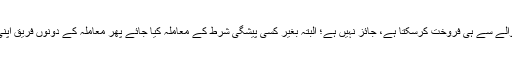
۱۲- پلاٹس کے مالک کا معاملے کو اس طرح مشروط کرنا کہ جب خریدار بیچنا چاہے تو بیچنے والے سے ہی فروخت کرسکتا ہے، جائز نہیں ہے؛ البتہ بغیر کسی پیشگی شرط کے معاملہ کیا جائے پھر معاملہ کے دونوں فریق اپنی رضا و رغبت سے اپنی سہولت کے لیے اس طرح کا وعدہ کرلیں تو اس میں کوئی حرج نہیں ہے۔